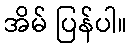
အိမ် ပြန်ပါ။